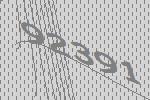
92391